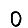
Digit: 0